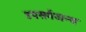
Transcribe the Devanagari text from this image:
उपसर्गजन्य